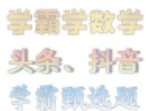
学霸学数学

头条、抖音

学霸题选题